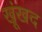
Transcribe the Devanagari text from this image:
खूंखद